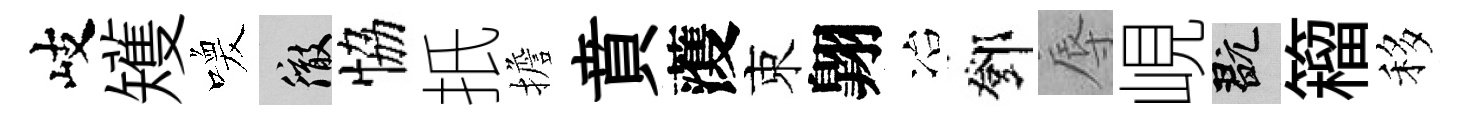
岐矱喚徹恊扺擔賁𮑮束翺冶鄧辱峴玩籕移